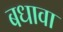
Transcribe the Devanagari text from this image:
बधावा